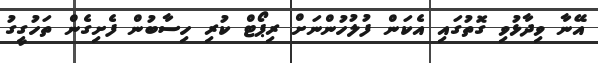
އޭނާ ވިދާޅުވި ގޮތުގައި އެކަން ފުލުހުންނަށް ރިޕޯޓް ކުރި ހިސާބުން ފެށިގެން ތަހުގީގު